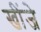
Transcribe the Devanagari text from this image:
खींजे